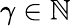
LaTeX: \gamma\in\mathbb{N}